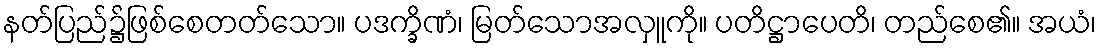
နတ်ပြည်၌ဖြစ်စေတတ်သော။ ပဒက္ခိဏံ၊ မြတ်သောအလှူကို။ ပတိဋ္ဌာပေတိ၊ တည်စေ၏။ အယံ၊